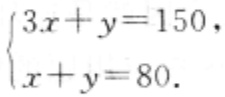
$\begin{cases}3x + y = 150,\\x + y = 80.\end{cases}$